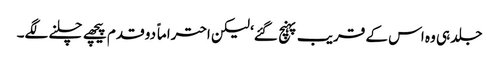
جلد ہی وہ اس کے قریب پہنچ گئے‘ لیکن احتراماً دو قدم پیچھے چلنے لگے۔